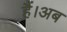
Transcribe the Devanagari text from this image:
हैं।अब